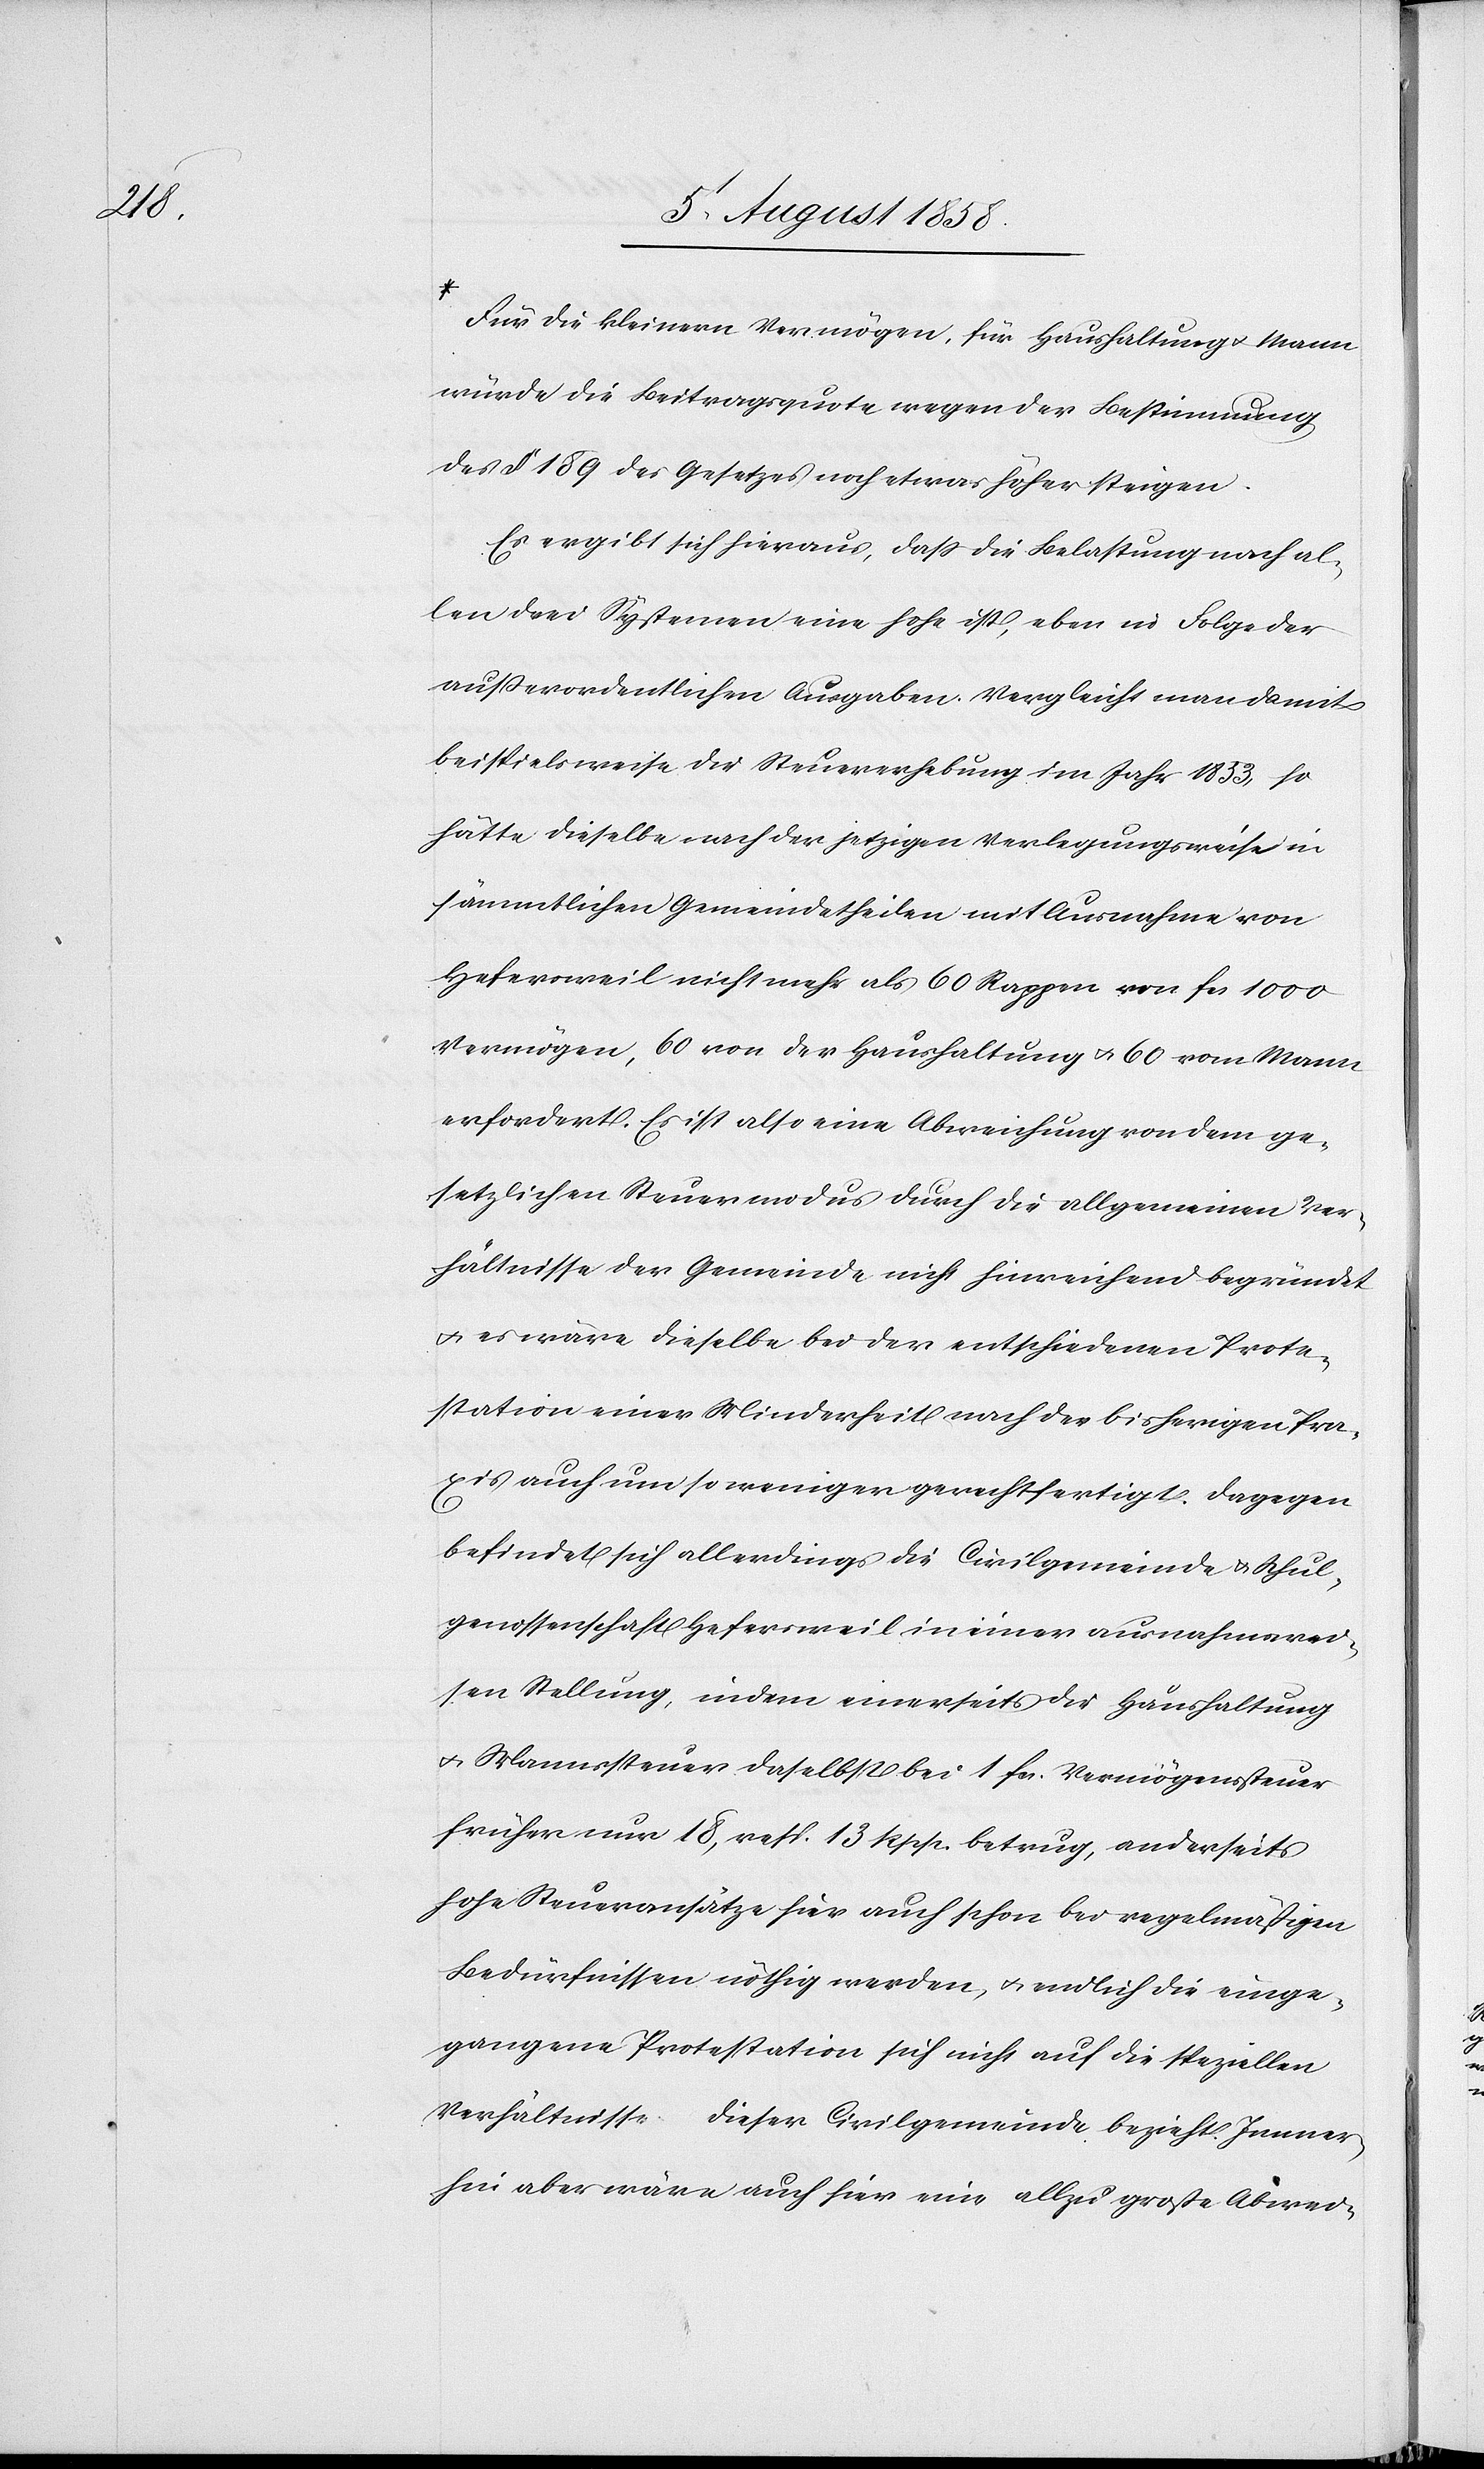
Es ergibt sich hieraus, dass die Belastung nach al¬
len drei Systemen eine hohe ist, eben in Folge der
ausserordentlichen Ausgaben. Vergleicht man damit
beispielsweise die Steuererhebung im Jahr 1853, so
hätte dieselbe nach der jetzigen Verlegungsweise in
sämmtlichen Gemeindetheilen mit Ausnahme von
Hefersweil nicht mehr als 60 Rappen von fcs. 1000
Vermögen, 60 von der Haushaltung & 60 vom Mann
erfordert. Es ist also eine Abweichung von dem ge¬
setzlichen Steuermodus durch die allgemeinen Ver¬
hältnisse der Gemeinde nicht hinreichend begründet
& es wäre dieselbe bei der entschiedenen Prote¬
station einer Minderheit nach der bisherigen Pra¬
xis auch um so weniger gerechtfertigt. Dagegen
befindet sich allerdings die Civilgemeinde & Schul¬
genossenschaft Hefersweil in einer ausnahmswei¬
sen Stellung, indem einerseits die Haushaltung
& Mannssteuer daselbst bei 1 fcs. Vermögenssteuer
früher nur 18, resp. 13 Rpp. betrug, anderseits
hohe Steueransätze hier auch schon bei regelmäßigen
Bedürfnissen nöthig werden, & endlich die einge¬
gangene Protestation sich nicht auf die speziellen
Verhältnisse dieser Civilgemeinde bezieht. Immer¬
hin aber wäre auch hier eine allzu große Abwei-